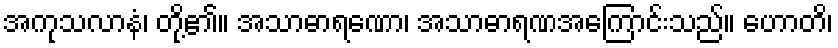
အကုသလာနံ၊ တို့၏။ အသာဓာရဏော၊ အသာဓာရဏအကြောင်းသည်။ ဟောတိ၊